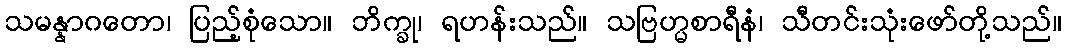
သမန္နာဂတော၊ ပြည့်စုံသော။ ဘိက္ခု၊ ရဟန်းသည်။ သဗြဟ္မစာရီနံ၊ သီတင်းသုံးဖော်တို့သည်။